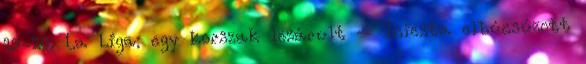
19-20. La Liga: egy korszak lezárult – Iniesta elbúcsúzott